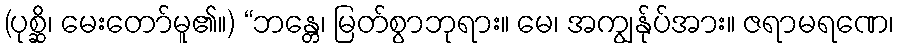
(ပုစ္ဆိ၊ မေးတော်မူ၏။) “ဘန္တေ၊ မြတ်စွာဘုရား။ မေ၊ အကျွန်ုပ်အား။ ဇရာမရဏေ၊